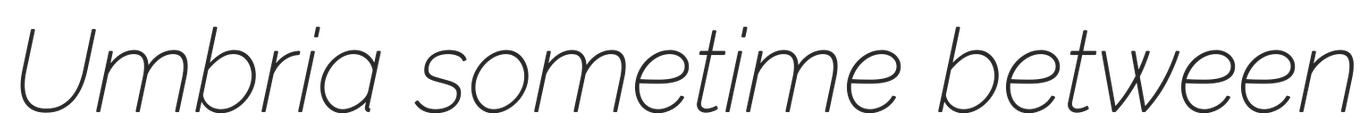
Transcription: Umbria sometime between